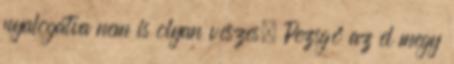
nyalogatva nem is olyan vészes. Pezsgő az el megy